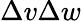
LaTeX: \Delta v\Delta w